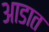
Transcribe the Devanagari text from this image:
आडात